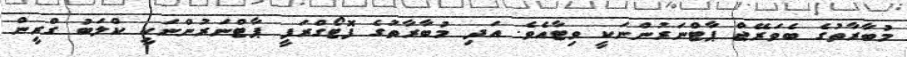
މުބާރާތުގެ ބެވަރޭޖް ޕާޓްނަރުންނަކީ ވިޓާއެވެ. އަދި މުބާރާތުގެ ފޮޓޯގްރަފީ ޕާޓްނަރުންނަކީ ކްލަބު ގްރީން